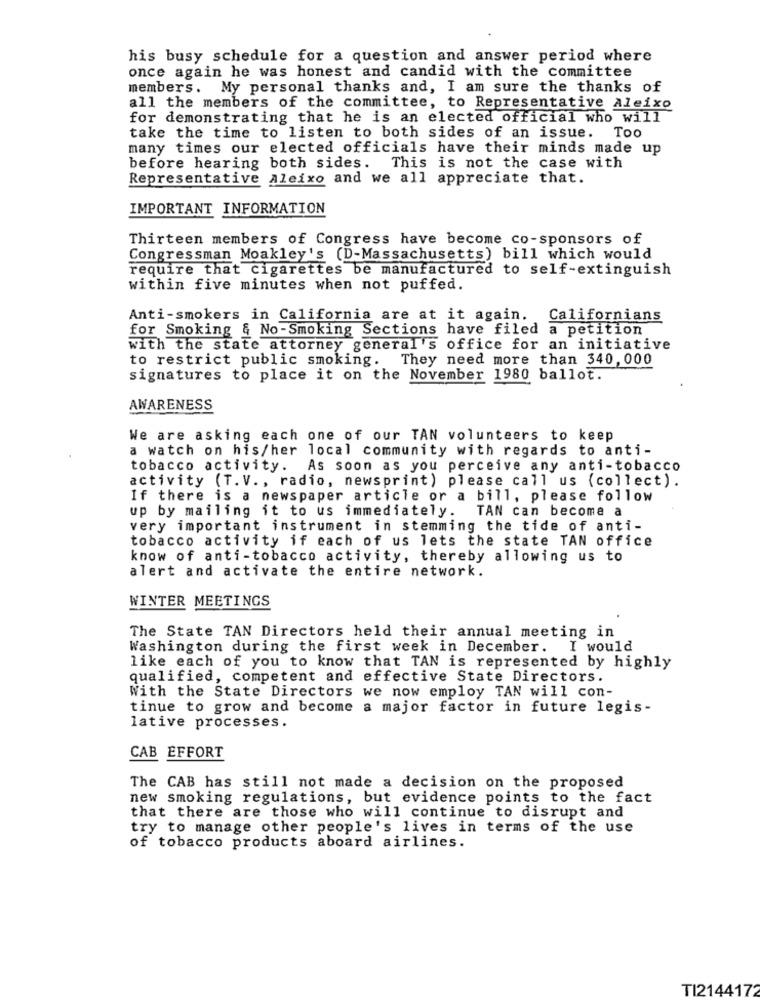
his busy schedule for a question and answer period where
once again he was honest and candid with the committee
members. My personal thanks and, I am sure the thanks of
all the members of the committee, to Representative Aleixo
for demonstrating that he is an elected official who will
take the time to listen to both sides of an issue.
Too
many times our elected officials have their minds made up
before hearing both sides. This is not the case with
Representative Aleixo and we all appreciate that.
IMPORTANT INFORMATION
Thirteen members of Congress have become co-sponsors of
Congressman Moakley's (D-Massachusetts) bill which would
require that cigarettes be manufactured to self-extinguish
within five minutes when not puffed.
Anti-smokers in California are at it again.
Californians
for Smoking & No-Smoking Sections have filed a petition
with the state attorney general's office for an initiative
to restrict public smoking.
They need more than 340, 000
signatures to place it on the November 1980 ballot.
AWARENESS
We are asking each one of our TAN volunteers to keep
a watch on his/her local community with regards to anti-
tobacco activity. As soon as you perceive any anti-tobacco
activity (T. V ., radio, newsprint) please call us (collect).
If there is a newspaper article or a bill, please follow
up by mailing it to us immediately. TAN can become a
very important instrument in stemming the tide of anti-
tobacco activity if each of us lets the state TAN office
know of anti-tobacco activity, thereby allowing us to
alert and activate the entire network.
WINTER MEETINGS
The State TAN Directors held their annual meeting in
Washington during the first week in December.
I would
like each of you to know that TAN is represented by highly
qualified, competent and effective State Directors.
With the State Directors we now employ TAN will con-
tinue to grow and become a major factor in future legis-
lative processes.
CAB EFFORT
The CAB has still not made a decision on the proposed
new smoking regulations, but evidence points to the fact
that there are those who will continue to disrupt and
try to manage other people's lives in terms of the use
of tobacco products aboard airlines.
TI2144172